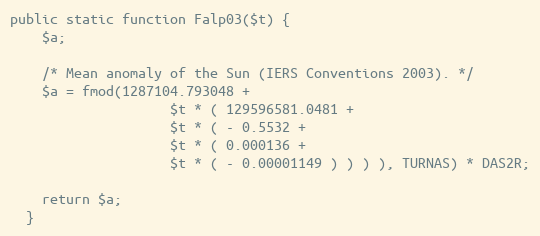
Language: PHP
public static function Falp03($t) {
    $a;

    /* Mean anomaly of the Sun (IERS Conventions 2003). */
    $a = fmod(1287104.793048 +
                    $t * ( 129596581.0481 +
                    $t * ( - 0.5532 +
                    $t * ( 0.000136 +
                    $t * ( - 0.00001149 ) ) ) ), TURNAS) * DAS2R;

    return $a;
  }